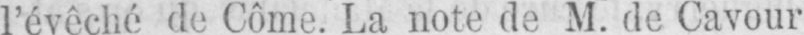
l’évêché de Côme. La note de M. de Cavour